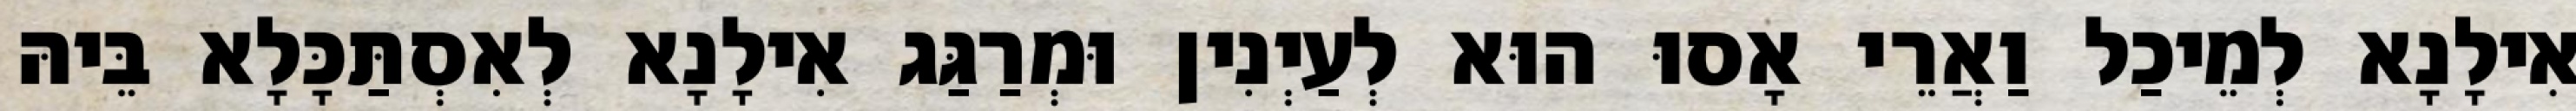
אִילָנָא לְמֵיכַל וַאֲרֵי אָסוּ הוּא לְעַיְנִין וּמְרַגַּג אִילָנָא לְאִסְתַּכָּלָא בֵּיהּ